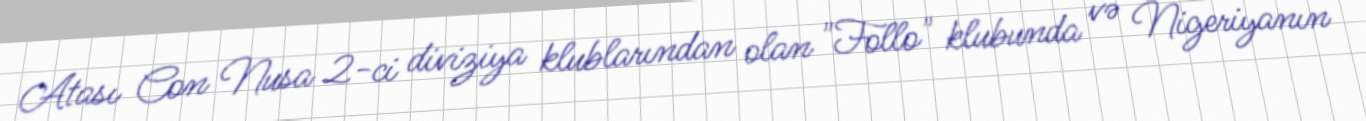
Atası Con Nusa 2-ci diviziya klublarından olan "Follo" klubunda və Nigeriyanın